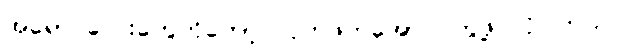
အရောင်လေးတွေကိုတော့ လိုက်ဖက်အောင် တွဲဖို့ လိုပါတယ်။